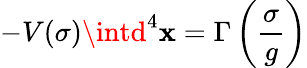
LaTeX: -V(\sigma)\intd^{4}\mathbf{x}=\Gamma\left(\frac{{\sigma}}{{g}}\right)